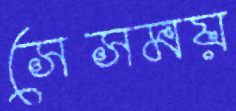
সেসময়